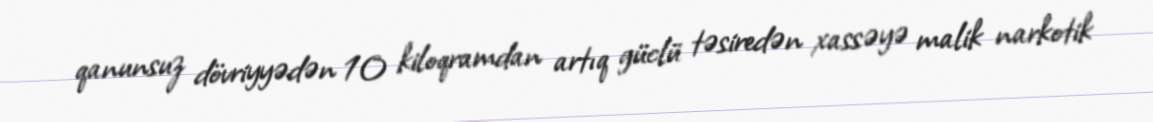
qanunsuz dövriyyədən 10 kiloqramdan artıq güclü təsiredən xassəyə malik narkotik